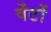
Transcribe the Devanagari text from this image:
वेंटों